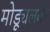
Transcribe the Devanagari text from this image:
मोड्यूलवर